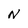
Character: N